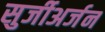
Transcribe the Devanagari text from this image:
सुर्जीअर्जन